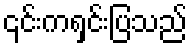
၎င်းကရှင်းပြသည်